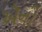
ઍની